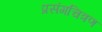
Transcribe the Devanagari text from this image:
प्रसंगचित्रण